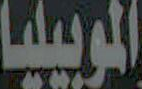
الموبيليا